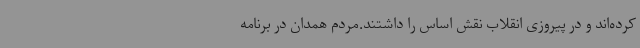
کرده‌اند و در پیروزی انقلاب نقش اساس را داشتند.مردم همدان در برنامه